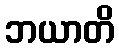
ဘယာတိ